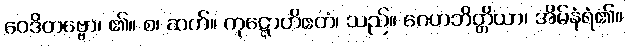
ဝေဒိတဗ္ဗော၊ ၏။ စ၊ ဆက်။ ကုဋ္ဋောတိဧတံ၊ သည်။ ဂေဟဘိတ္တိယာ၊ အိမ်နံရံ၏။